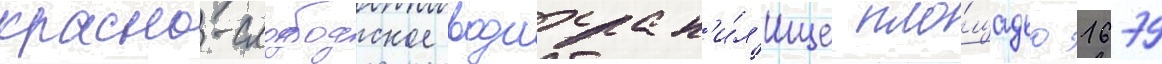
красно-слободское водохран'и́л'ище пло́щадью 1679